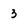
Character: 3